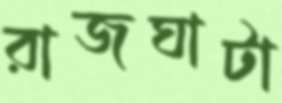
রাজঘাটা